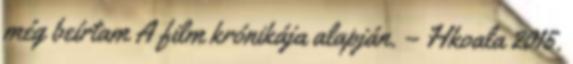
még beírtam A film krónikája alapján. – Hkoala 2015.